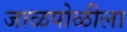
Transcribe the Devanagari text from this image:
जाळपोळीला